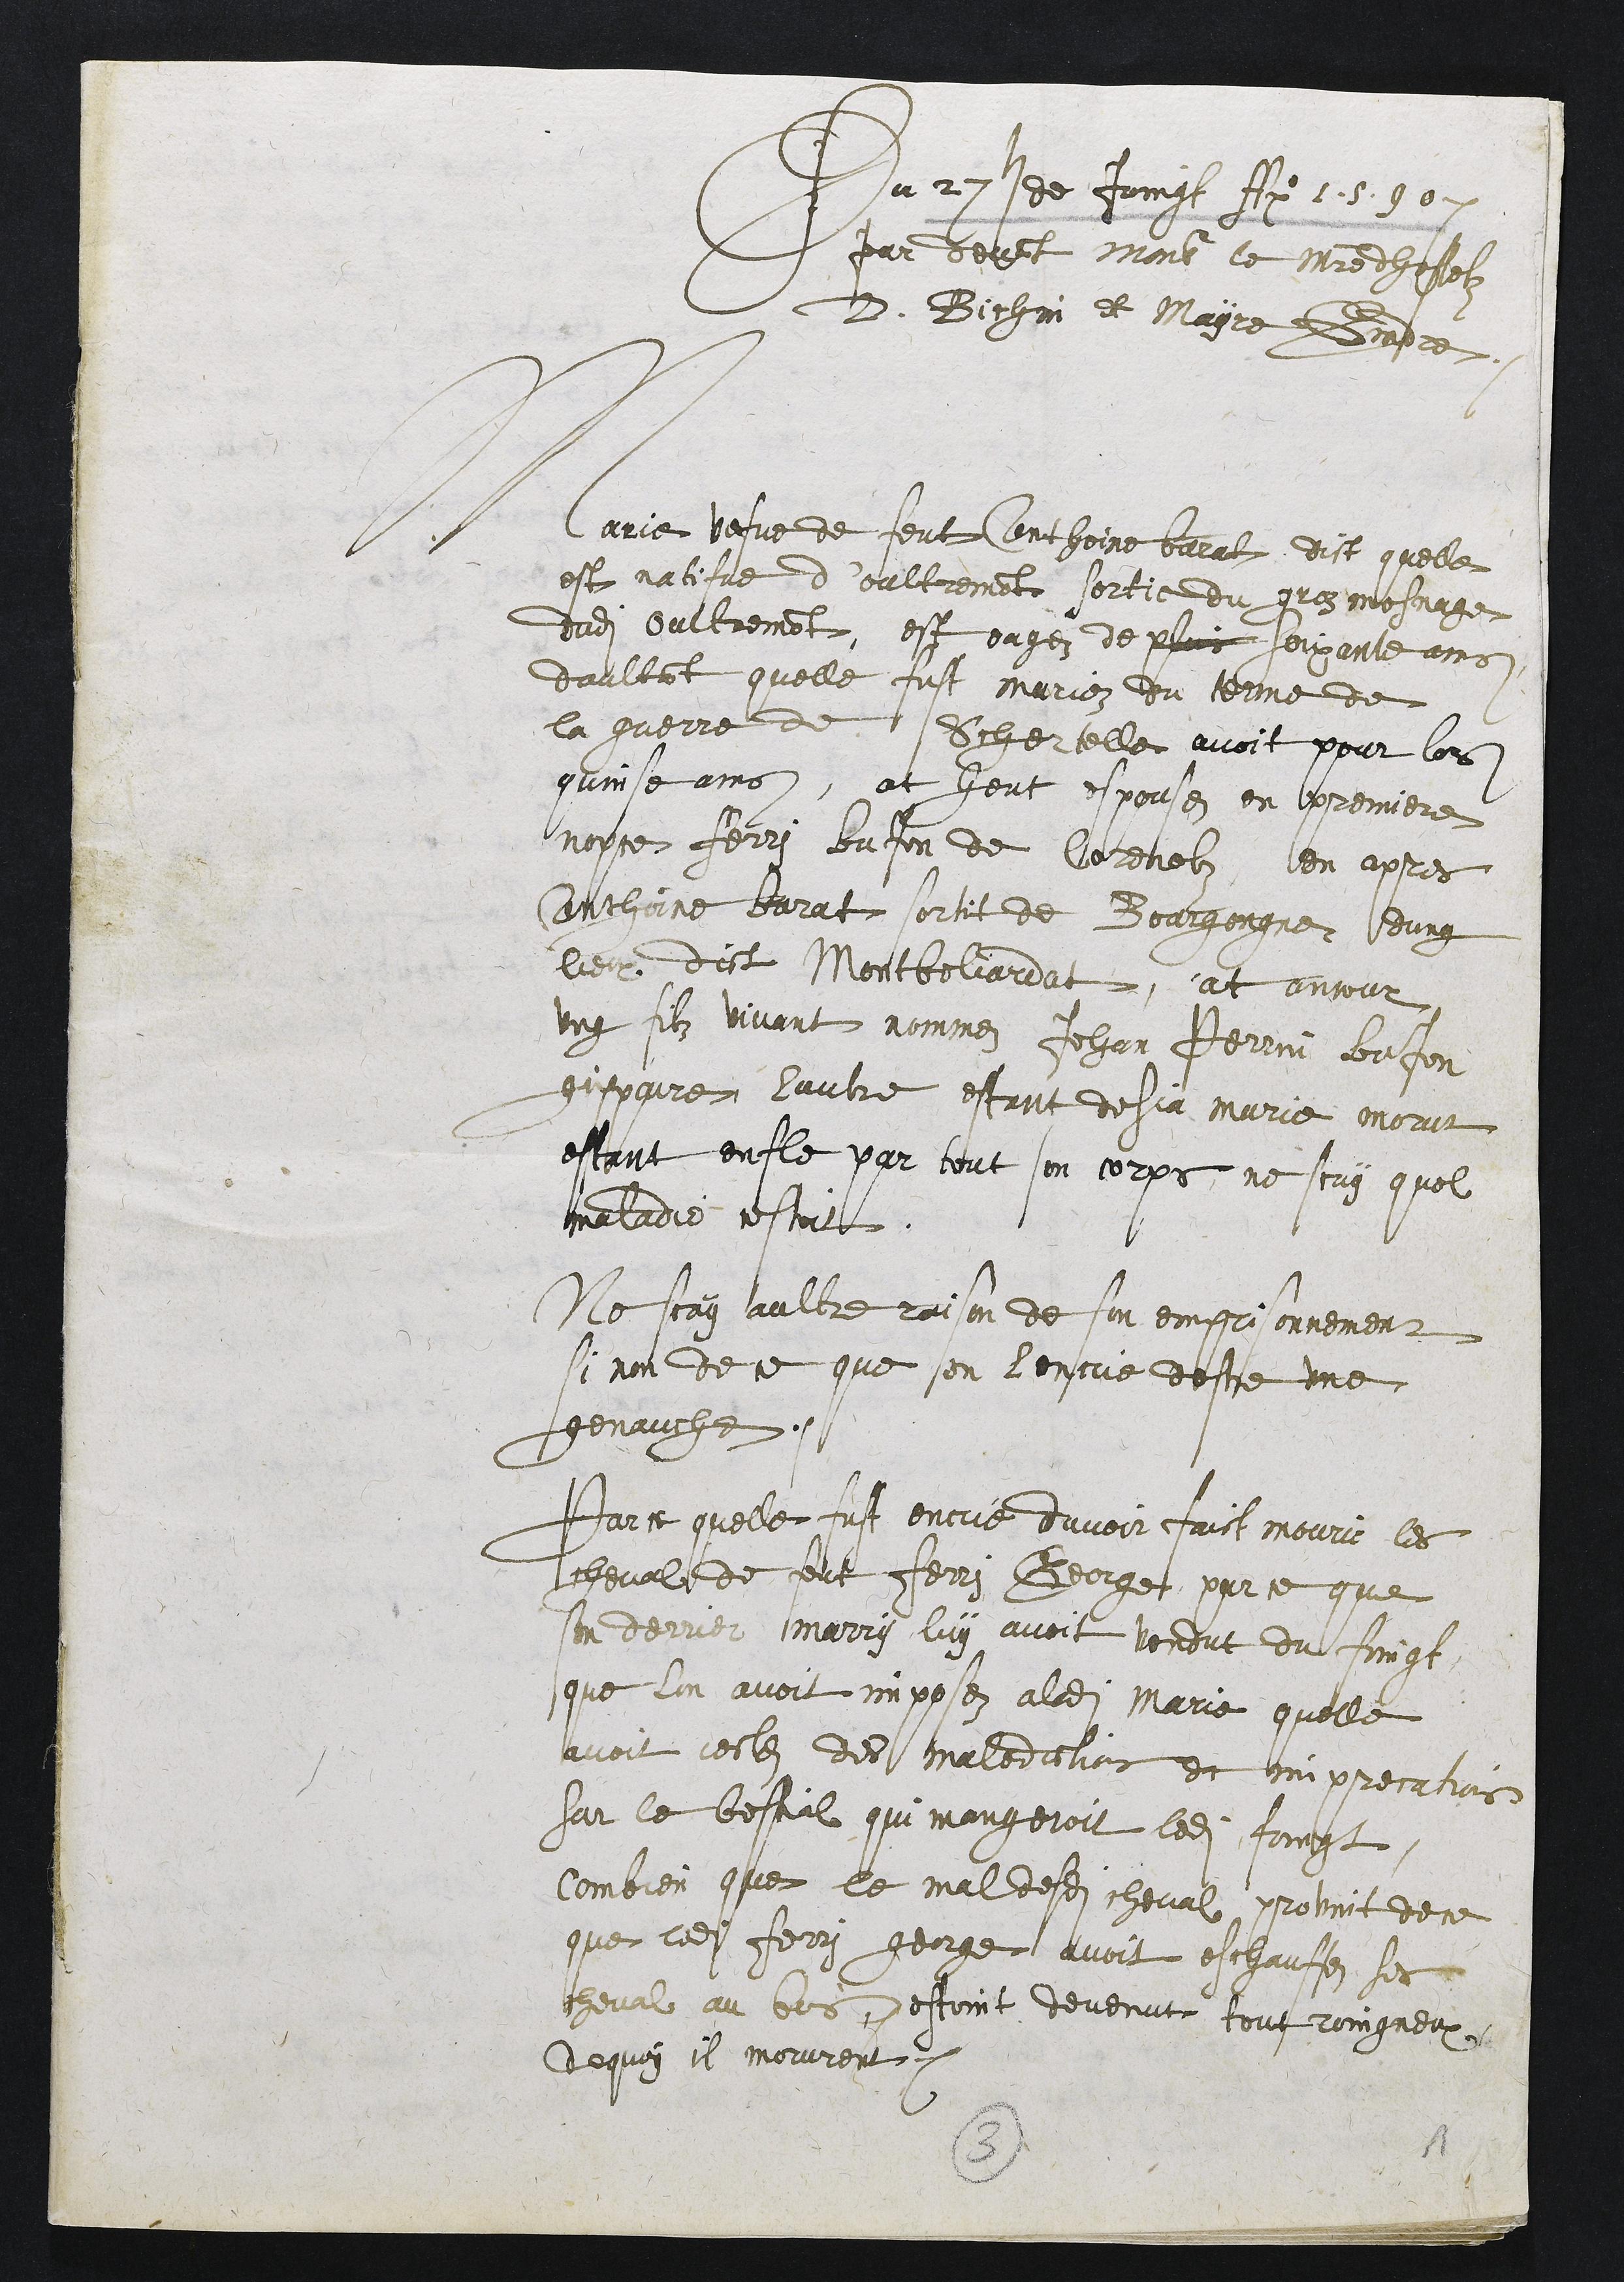
Du 27 de Joingt A 15807
par devant Monsr le maistre dhostelz
D. Bichin et Mayre Badre
Marie vefve de feut Conthoine barat dict quelle
est natifue d’oultrement sortie du grezmosnage
dudit oultremont, est eagez de plus soixante ans
daultant quelle fust mariez du terme de
la guerre de Schertelle avoit pour lors
quinse ans, at heut espousez en premiere
nopce Ferri bafon de Corenolz, len apres
Conthiine barat sortit de Bourgongne dung
lieu dict Montbeliardat, at ancour
ung filz vivant nommez Jehan Perrin BaJon
gispaire lautre estant desja marie morut
estant enfle par tout son corps, ne scay quel
maladie estoit
Ne scay aultre raison de son emprisonnement
si non de ce que sen lentue destre une
genauche.
Parce quelle fust encrie davoir faict mourir les
cheval de feut Ferri George, par ce que
son derrier marry luy avoit vendut du foingt,
que lon avoit imposez a ladite Marie quelle
avoit cestez des malediclions et imprecations
sur le bestial qui mangeroit ledit foingt,
Combien que le mal desdits cheval provint de ce
que ledit Ferry george avoit eschauffez ses
cheval au bos, destoint devenut toutroingneux
dequoy il morurent.